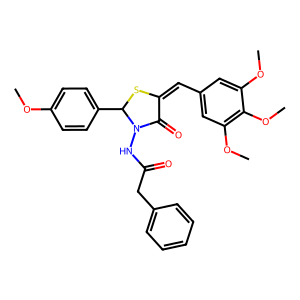
SMILES: COc1ccc(C2SC(=Cc3cc(OC)c(OC)c(OC)c3)C(=O)N2NC(=O)Cc2ccccc2)cc1
Inhibits HIV replication: No